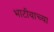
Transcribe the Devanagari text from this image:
भाटीयाच्या